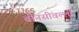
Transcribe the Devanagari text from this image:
बींनसींवल्ली